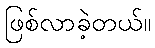
ဖြစ်လာခဲ့တယ်။